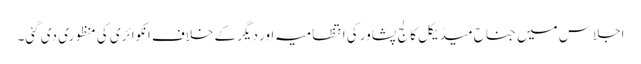
اجلاس میں جناح میڈیکل کالج پشاور کی انتظامیہ اور دیگر کے خلاف انکوائری کی منظوری دی گئی۔